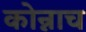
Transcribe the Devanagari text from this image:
कोन्नाच